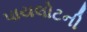
પાયલોટની